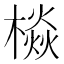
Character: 𱤙